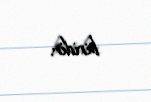
biridir.